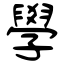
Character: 學